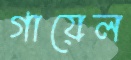
গায়েল